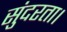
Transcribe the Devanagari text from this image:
सुंदरता।